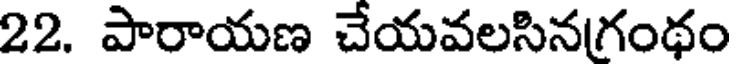
22. పారాయణ చేయవలసినగంథం